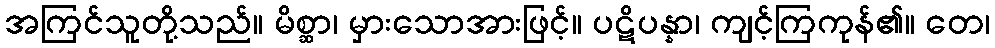
အကြင်သူတို့သည်။ မိစ္ဆာ၊ မှားသောအားဖြင့်။ ပဋိပန္နာ၊ ကျင့်ကြကုန်၏။ တေ၊